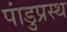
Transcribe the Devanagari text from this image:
पांडुप्रस्थ